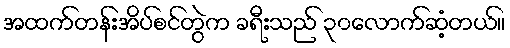
အထက်တန်းအိပ်စင်တွဲက ခရီးသည် ၃၀လောက်ဆံ့တယ်။